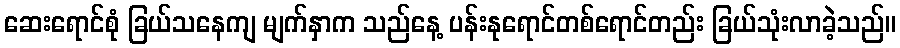
ဆေးရောင်စုံ ခြယ်သနေကျ မျက်နှာက သည်နေ့ ပန်းနုရောင်တစ်ရောင်တည်း ခြယ်သုံးလာခဲ့သည်။